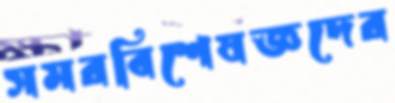
সমরবিশেষজ্ঞদের